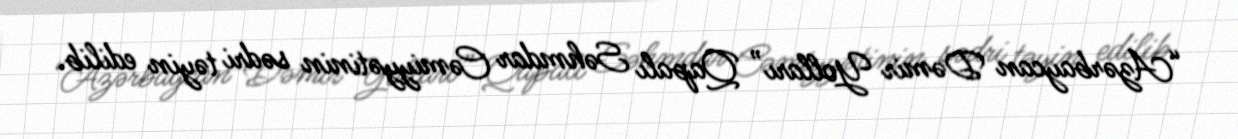
“Azərbaycan Dəmir Yolları” Qapalı Səhmdar Cəmiyyətinin sədri təyin edilib.